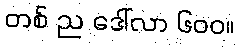
တစ် ည ဒေါ်လာ ၆၀၀။